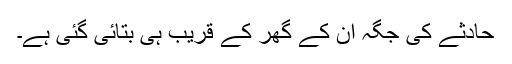
حادثے کی جگہ ان کے گھر کے قریب ہی بتائی گئی ہے۔